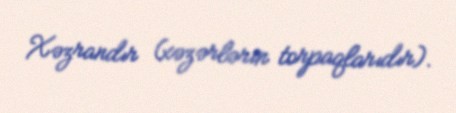
Xəzrandır (xəzərlərin torpaqlarıdır).